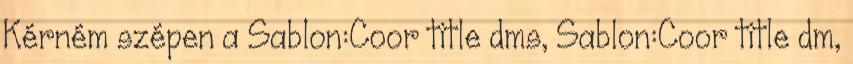
Kérném szépen a Sablon:Coor title dms, Sablon:Coor title dm,